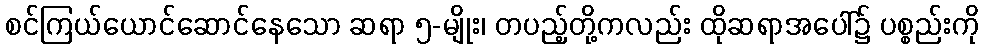
စင်ကြယ်ယောင်ဆောင်နေသော ဆရာ ၅-မျိုး၊ တပည့်တို့ကလည်း ထိုဆရာအပေါ်၌ ပစ္စည်းကို